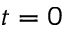
t = 0